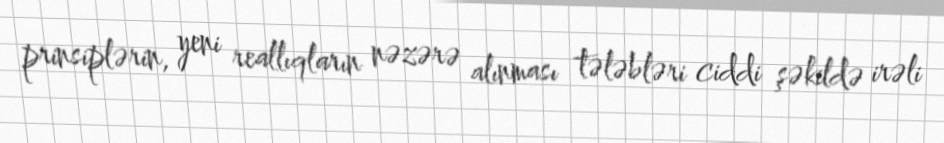
prinsiplərin, yeni reallıqların nəzərə alınması tələbləri ciddi şəkildə irəli